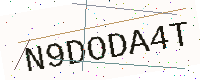
Text: N9DODA4T